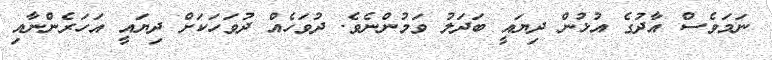
ނަމަވެސް އާދުގެ އުޅުން ދިޔައީ ބަދަލު ވަމުންނެވެ. ދުވަހެއް ދުވަހަކަށް ދިޔައީ އަހަރެންނާއި